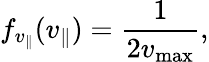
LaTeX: f_{v_{\parallel}}(v_{\parallel})=\frac{1}{2v_{\operatorname*{max}}},